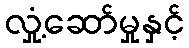
လှုံ့ဆော်မှုနှင့်